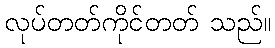
လုပ်တတ်ကိုင်တတ် သည်။